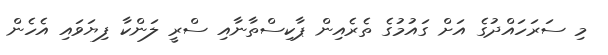
މި ސަރަހައްދުގެ އަށް ގައުމުގެ ތެރެއިން ޕާކިސްތާނާއި ސްރީ ލަންކާ ފިޔަވައި އެހެން